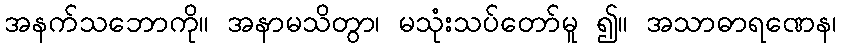
အနက်သဘောကို။ အနာမသိတွာ၊ မသုံးသပ်တော်မူ ၍။ အသာဓာရဏေန၊